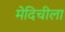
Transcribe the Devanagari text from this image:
मेदिचीला